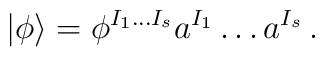
|\phi\rangle =\phi^{I_1\ldots I_s}a^{I_1}\ldots a^{I_s}\,.